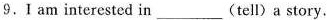
9.I am interested in___(tell) a story.